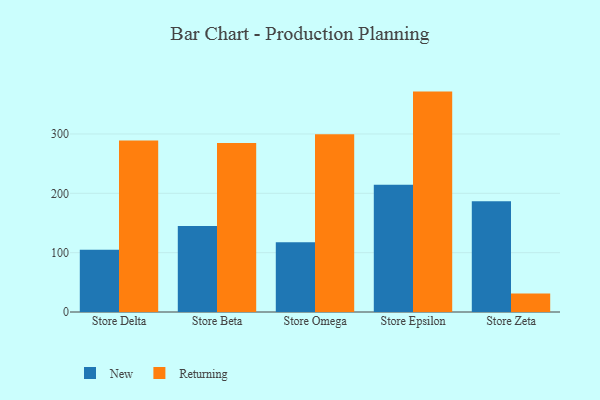
{"axis": {"x": "Store", "y": "Churn Rate (%)"}, "legend": ["New", "Returning"], "data": [{"x": "Store Delta", "y": 104.8, "type": "New"}, {"x": "Store Delta", "y": 289.1, "type": "Returning"}, {"x": "Store Beta", "y": 144.9, "type": "New"}, {"x": "Store Beta", "y": 284.8, "type": "Returning"}, {"x": "Store Omega", "y": 117.5, "type": "New"}, {"x": "Store Omega", "y": 299.4, "type": "Returning"}, {"x": "Store Epsilon", "y": 214.6, "type": "New"}, {"x": "Store Epsilon", "y": 371.4, "type": "Returning"}, {"x": "Store Zeta", "y": 186.8, "type": "New"}, {"x": "Store Zeta", "y": 31.0, "type": "Returning"}]}